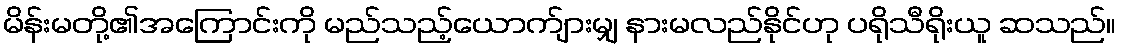
မိန်းမတို့၏အကြောင်းကို မည်သည့်ယောက်ျားမျှ နားမလည်နိုင်ဟု ပရိုသီရိုးယူ ဆသည်။